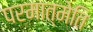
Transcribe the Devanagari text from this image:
परमात्मेति